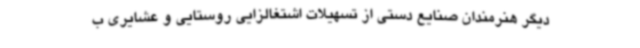
دیگر هنرمندان صنایع دستی از تسهیلات اشتغالزایی روستایی و عشایری ب